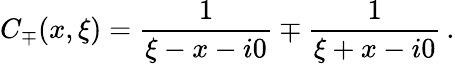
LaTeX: C_{\mp}(x,\xi)=\frac{1}{\xi-x-i0}\mp\frac{1}{\xi+x-i0}\, .